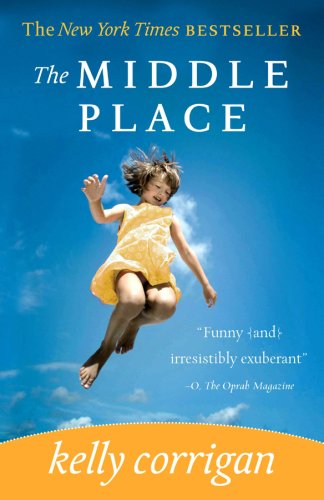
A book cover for The Middle Place; Kelly Corrigan; Parenting & Relationships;